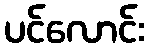
ပင်လောင်း